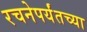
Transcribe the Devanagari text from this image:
रचनेपर्यंतच्या